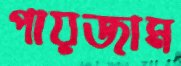
পায়জাম